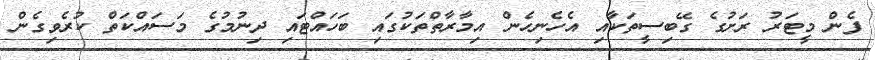
ފެން މީޓަރު ރަށުގެ ގޭބިސީތަކާއި އެހެނިހެން އިމާރާތްތަކުގައި ބަހައްޓައި ދިނުމުގެ މަސައްކަތް ކުރެވިގެން